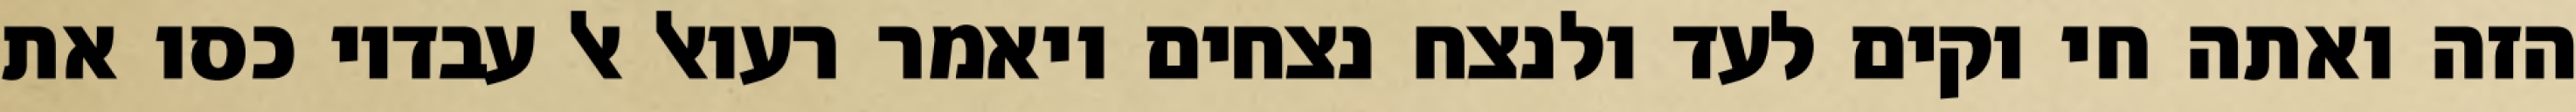
הזה ואתה חי וקים לעד ולנצח נצחים ויאמר רעואל אל עבדיו כסו את